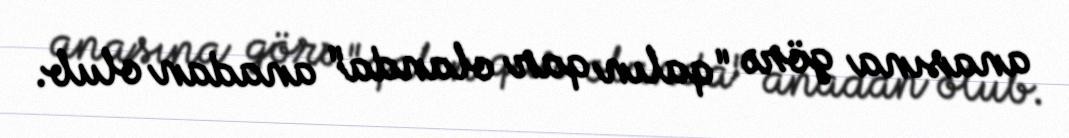
anasına görə "qalın qar olanda" anadan olub.